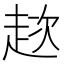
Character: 趑